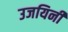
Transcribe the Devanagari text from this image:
उजयिनी